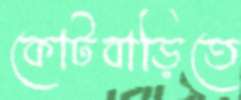
কোটবাড়িতে